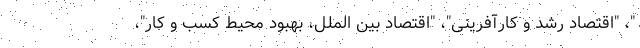
"، "اقتصاد رشد و کارآفرینی"، "اقتصاد بین الملل، بهبود محیط کسب و کار"،